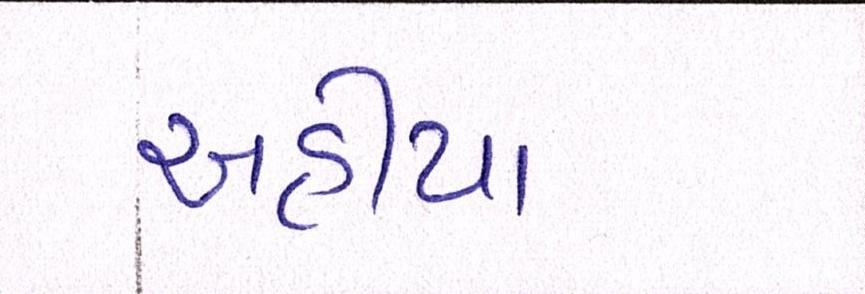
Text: અહીયા